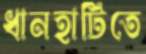
ধানহাটিতে